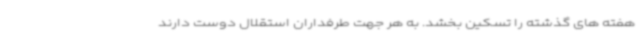
هفته های گذشته را تسکین بخشد. به هر جهت طرفداران استقلال دوست دارند